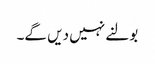
بولنے نہیں دیں گے۔